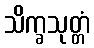
သိက္ခသုတ္တံ